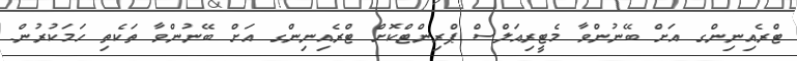
ޓްރެއިނިންގ އަށް ބޭނުންވާ މެޓީރިއަލްސް ޕްރިންޓްކޮށް ޓްރެއިނިންގ އަށް ބޭނުންވާ ތަކެތި ހަމަކުރުން.